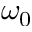
\omega _ { 0 }